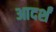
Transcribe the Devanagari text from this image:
आदर्शं